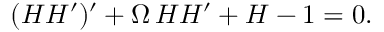
\begin{array} { r } { ( H H ^ { \prime } ) ^ { \prime } + \Omega \, H H ^ { \prime } + H - 1 = 0 . } \end{array}